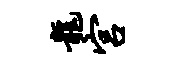
龙宫